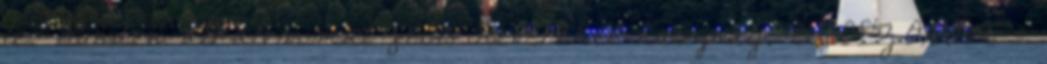
le. Minden alkalommal friss keveréket használj. 8. DEZODOR -